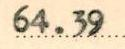
64.39